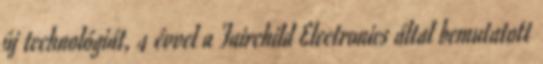
új technológiát, 4 évvel a Fairchild Electronics által bemutatott